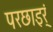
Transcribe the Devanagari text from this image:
परछाइर्ं